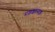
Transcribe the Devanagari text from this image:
प्रशंशात्मक